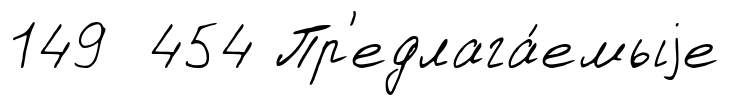
149 454 Пр'едлага́емыjе